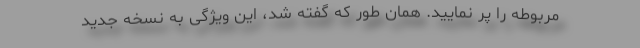
مربوطه را پر نمایید. همان طور که گفته شد، این ویژگی به نسخه جدید